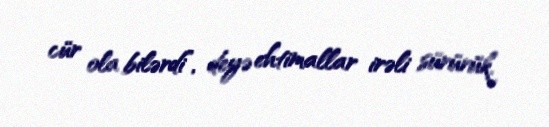
cür ola bilərdi”, deyə ehtimallar irəli sürürük.